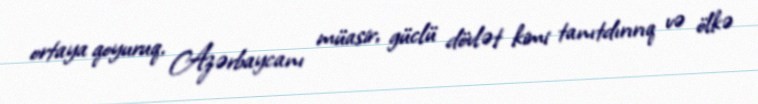
ortaya qoyuruq, Azərbaycanı müasir, güclü dövlət kimi tanıtdırırıq və ölkə